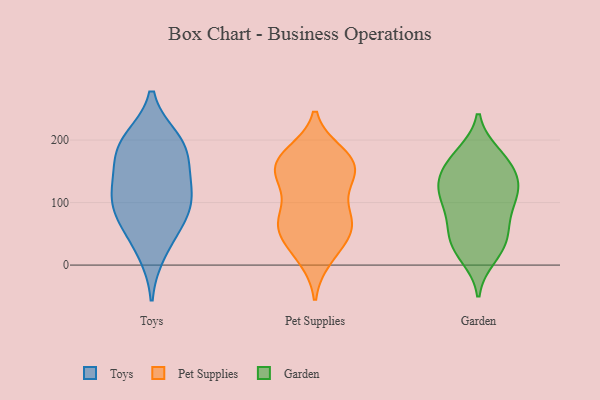
{"axis": {"x": "Budget (USD K)", "y": "Value"}, "legend": ["Garden", "Pet Supplies", "Toys"], "data": [{"x": "", "y": 200, "type": "Toys"}, {"x": "", "y": 184, "type": "Toys"}, {"x": "", "y": 69, "type": "Toys"}, {"x": "", "y": 97, "type": "Toys"}, {"x": "", "y": 123, "type": "Toys"}, {"x": "", "y": 132, "type": "Toys"}, {"x": "", "y": 21, "type": "Toys"}, {"x": "", "y": 174, "type": "Toys"}, {"x": "", "y": 196, "type": "Toys"}, {"x": "", "y": 107, "type": "Toys"}, {"x": "", "y": 68, "type": "Toys"}, {"x": "", "y": 16, "type": "Pet Supplies"}, {"x": "", "y": 74, "type": "Pet Supplies"}, {"x": "", "y": 68, "type": "Pet Supplies"}, {"x": "", "y": 169, "type": "Pet Supplies"}, {"x": "", "y": 149, "type": "Pet Supplies"}, {"x": "", "y": 68, "type": "Pet Supplies"}, {"x": "", "y": 168, "type": "Pet Supplies"}, {"x": "", "y": 141, "type": "Pet Supplies"}, {"x": "", "y": 42, "type": "Pet Supplies"}, {"x": "", "y": 132, "type": "Pet Supplies"}, {"x": "", "y": 170, "type": "Pet Supplies"}, {"x": "", "y": 61, "type": "Pet Supplies"}, {"x": "", "y": 51, "type": "Pet Supplies"}, {"x": "", "y": 11, "type": "Pet Supplies"}, {"x": "", "y": 168, "type": "Pet Supplies"}, {"x": "", "y": 109, "type": "Pet Supplies"}, {"x": "", "y": 179, "type": "Pet Supplies"}, {"x": "", "y": 142, "type": "Pet Supplies"}, {"x": "", "y": 73, "type": "Pet Supplies"}, {"x": "", "y": 136, "type": "Garden"}, {"x": "", "y": 63, "type": "Garden"}, {"x": "", "y": 140, "type": "Garden"}, {"x": "", "y": 177, "type": "Garden"}, {"x": "", "y": 102, "type": "Garden"}, {"x": "", "y": 158, "type": "Garden"}, {"x": "", "y": 39, "type": "Garden"}, {"x": "", "y": 121, "type": "Garden"}, {"x": "", "y": 52, "type": "Garden"}, {"x": "", "y": 178, "type": "Garden"}, {"x": "", "y": 21, "type": "Garden"}, {"x": "", "y": 115, "type": "Garden"}, {"x": "", "y": 31, "type": "Garden"}, {"x": "", "y": 97, "type": "Garden"}, {"x": "", "y": 69, "type": "Garden"}, {"x": "", "y": 136, "type": "Garden"}, {"x": "", "y": 13, "type": "Garden"}, {"x": "", "y": 168, "type": "Garden"}, {"x": "", "y": 110, "type": "Garden"}]}